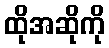
ထိုအဆိုကို